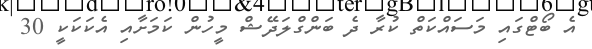
އެ ބޯޓްގައި މަސައްކަތް ކުރާ ދެ ބަންގްލަދޭޝް މީހުން ކަމަށާއި އެކަކަކީ 30